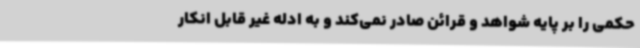
حکمی را بر پایه شواهد و قرائن صادر نمی‌کند و به ادله غیر قابل انکار